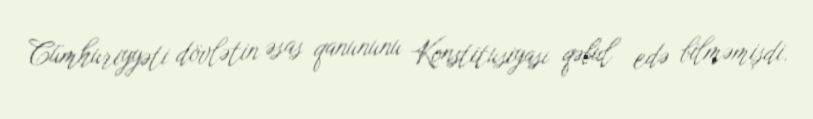
Cümhuriyyəti dövlətin əsas qanununu Konstitusiyası qəbul edə bilməmişdi.